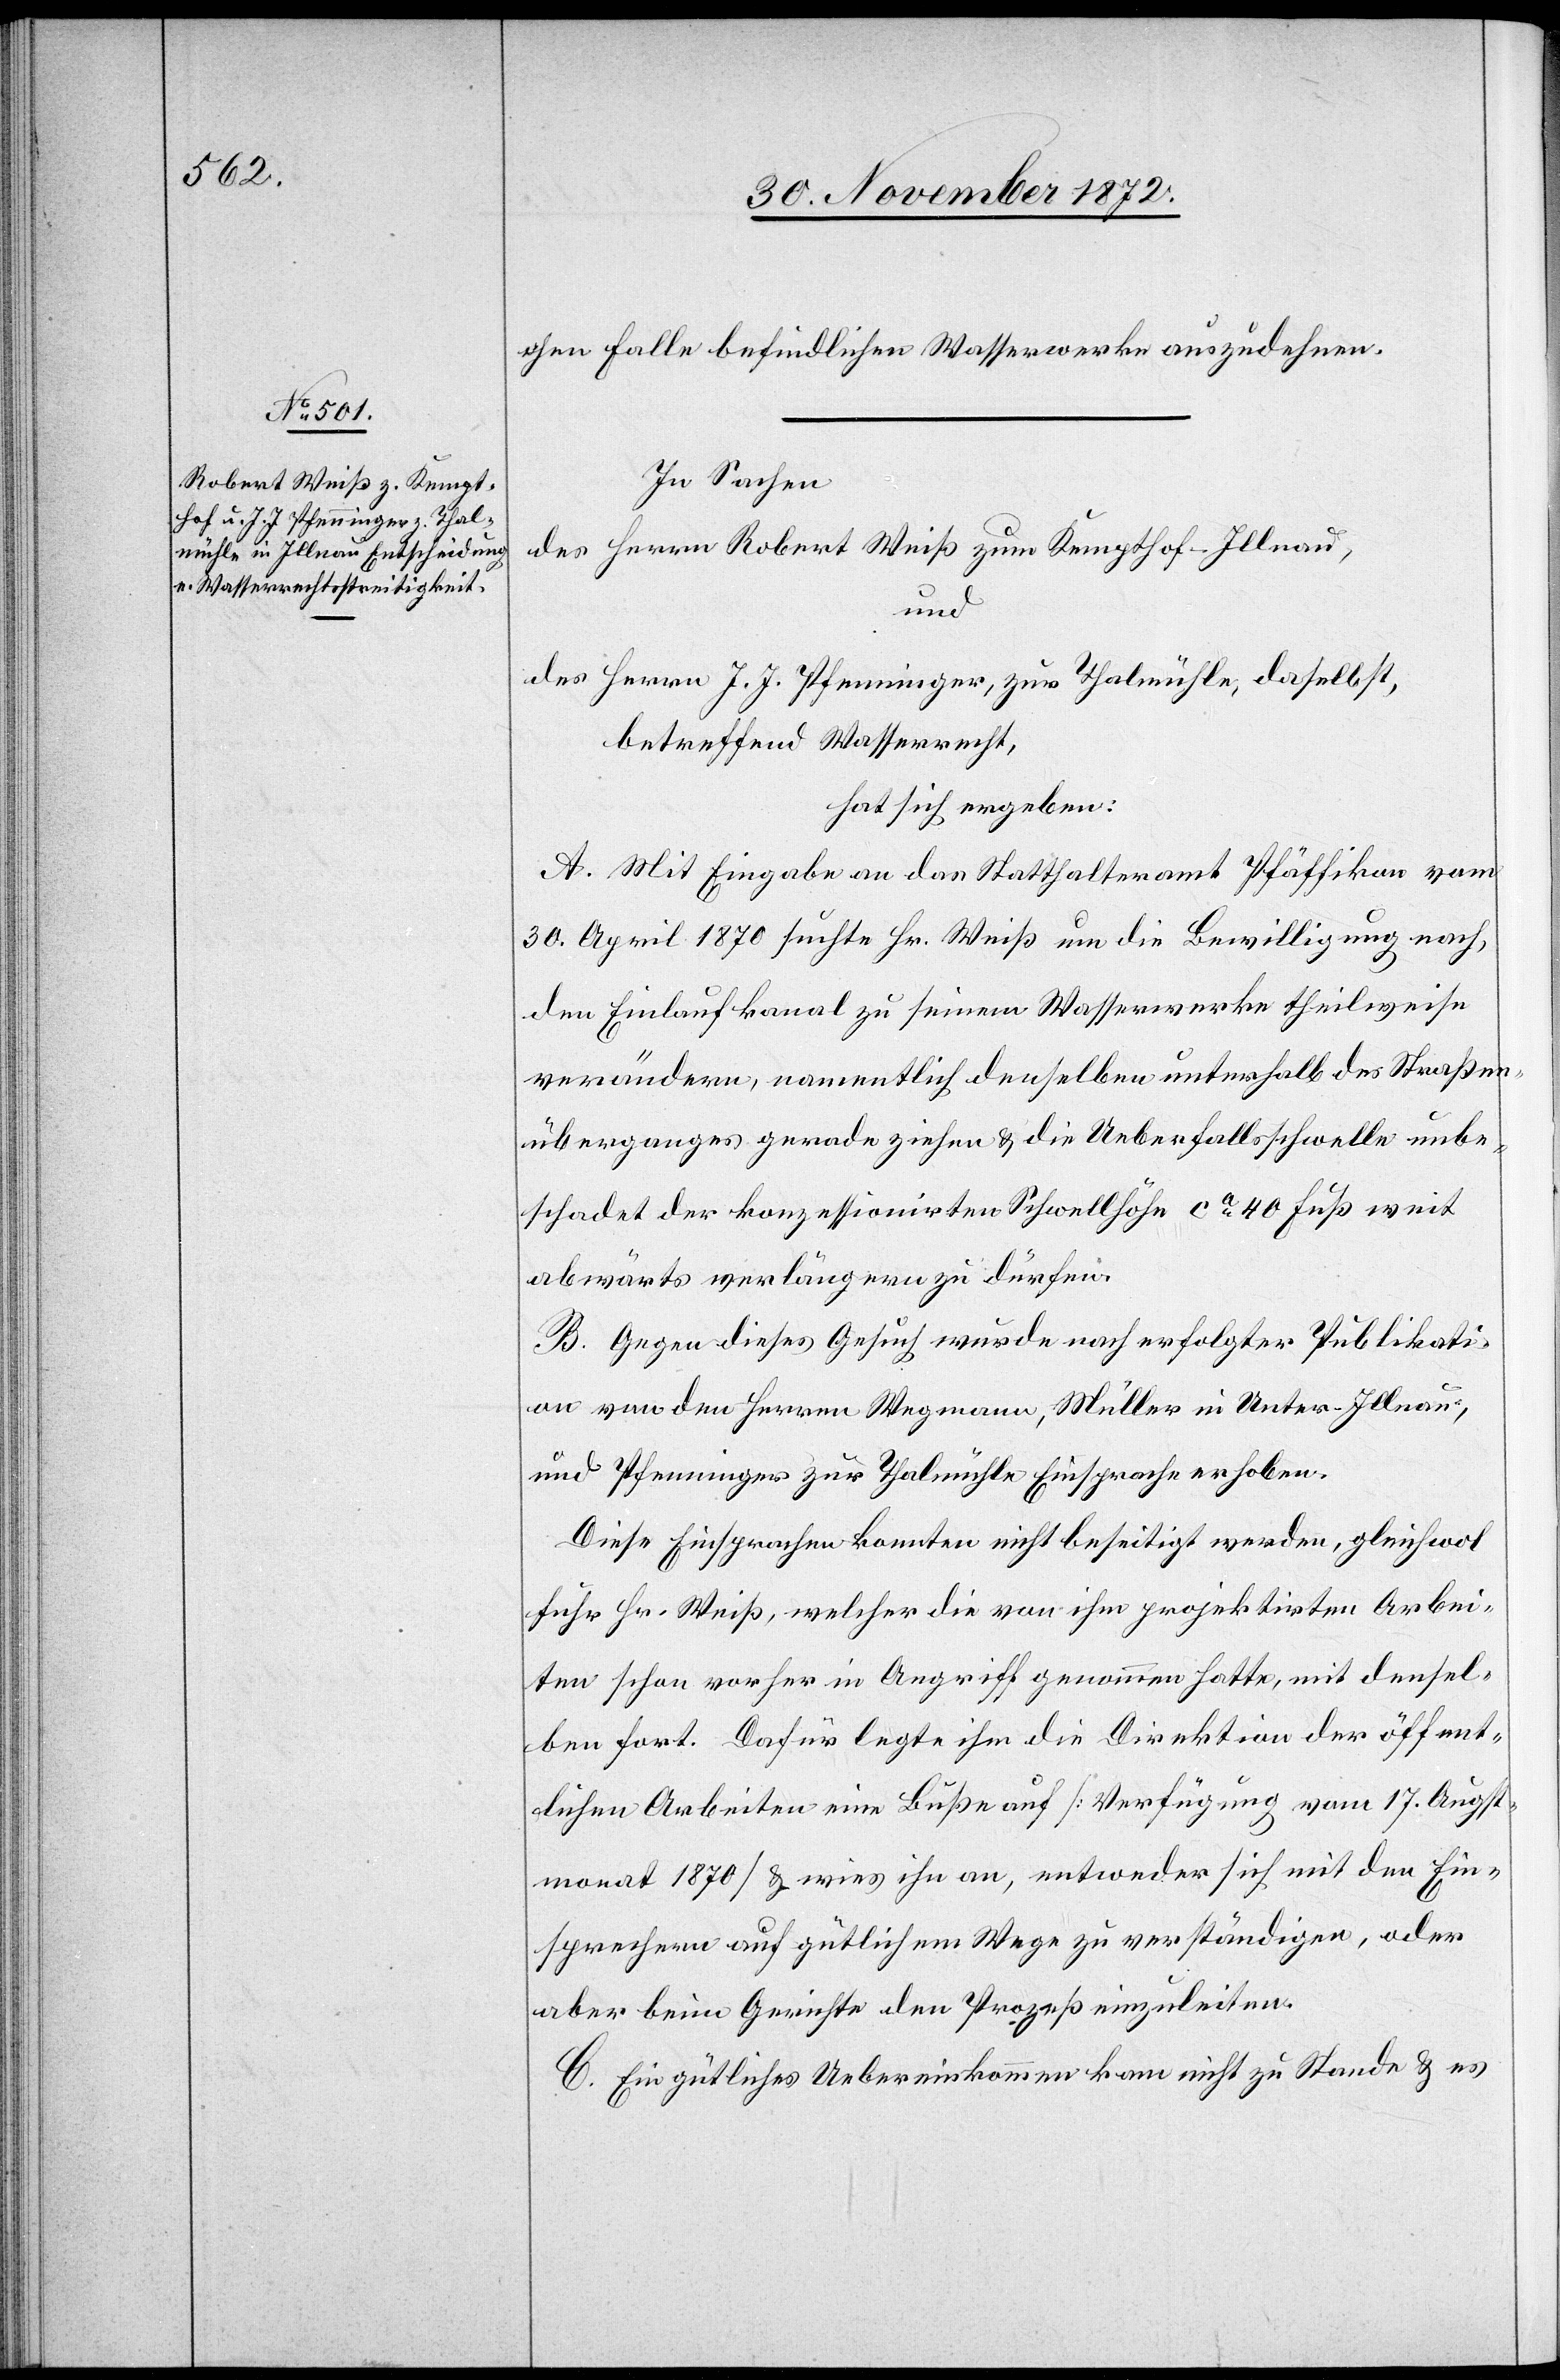
chen Falle befindlichen Wasserwerke auszudehnen.
In Sachen
des Herrn Robert Weiß zum Kempthof-Illnau,
und
des Herrn J. J. Pfenninger, zur Thalmühle, daselbst,
betreffend Wasserrecht,
hat sich ergeben:
A. Mit Eingabe an das Statthalteramt Pfäffikon vom
30. April 1870 suchte Hr. Weiß um die Bewilligung nach,
den Einlaufkanal zu seinem Wasserwerke theilweise
verändern, namentlich denselben unterhalb des Straßen¬
überganges gerade ziehen u. die Ueberfallsschwelle unbe¬
schadet der konzessionirten Schwellhöhe ca 40 Fuß weit
abwärts verlängern zu dürfen.
B. Gegen dieses Gesuch wurde nach erfolgter Publikati¬
on von den Herren Wegmann, Müller in Unter-Illnau,
und Pfenninger zur Thalmühle Einsprache erhoben.
Diese Einsprachen konnten nicht beseitigt werden, gleichwol
fuhr Hr. Weiß, welcher die von ihm projektirten Arbei¬
ten schon vorher in Angriff genommen hatte, mit densel¬
ben fort. Dafür legte ihm die Direktion der öffent¬
lichen Arbeiten eine Buße auf [Verfügung vom 17. Augst¬
monat 1870] u. wies ihn an, entweder sich mit den Ein¬
sprechern auf gütlichem Wege zu verständigen, oder
aber beim Gerichte den Prozeß einzuleiten.
C. Ein gütliches Uebereinkommen kam nicht zu Stande u. es